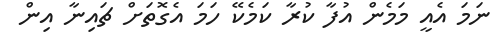
ނަމަ އެއީ މަމެން އުފާ ކުރާ ކަމެކޭ ހަމަ އެގޮތަށް ޗައިނާ އިން